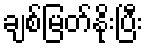
ချစ်မြတ်နိုးပြီး